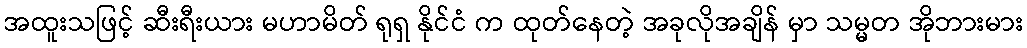
အထူးသဖြင့် ဆီးရီးယား မဟာမိတ် ရုရှ နိုင်ငံ က ထုတ်နေတဲ့ အခုလိုအချိန် မှာ သမ္မတ အိုဘားမား